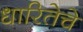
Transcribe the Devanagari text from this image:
धारितेचे